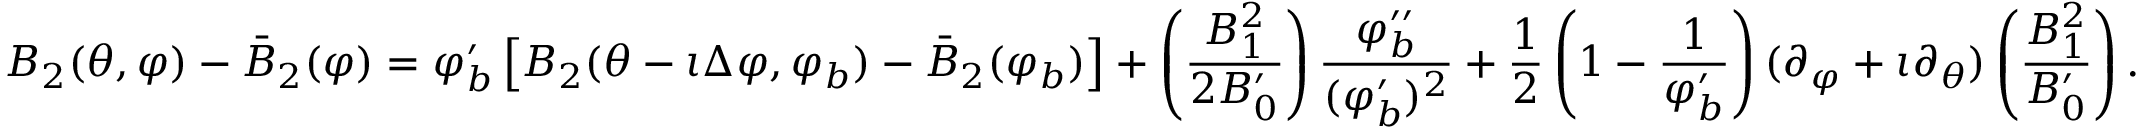
B _ { 2 } ( \theta , \varphi ) - \bar { B } _ { 2 } ( \varphi ) = \varphi _ { b } ^ { \prime } \left[ B _ { 2 } ( \theta - \iota \Delta \varphi , \varphi _ { b } ) - \bar { B } _ { 2 } ( \varphi _ { b } ) \right] + \left( \frac { B _ { 1 } ^ { 2 } } { 2 B _ { 0 } ^ { \prime } } \right) \frac { \varphi _ { b } ^ { \prime \prime } } { ( \varphi _ { b } ^ { \prime } ) ^ { 2 } } + \frac { 1 } { 2 } \left( 1 - \frac { 1 } { \varphi _ { b } ^ { \prime } } \right) ( \partial _ { \varphi } + \iota \partial _ { \theta } ) \left( \frac { B _ { 1 } ^ { 2 } } { B _ { 0 } ^ { \prime } } \right) .